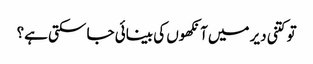
تو کتنی دیر میں‌آنکھوں کی بینائی جا سکتی ہے؟